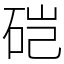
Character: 硙